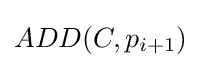
ADD(C,p_{i+1})